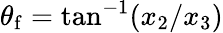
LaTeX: \theta_{\mathrm{f}}=\tan^{-1}(x_{2}/x_{3})